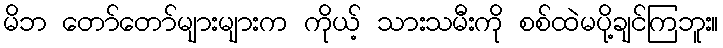
မိဘ တော်တော်များများက ကိုယ့် သားသမီးကို စစ်ထဲမပို့ချင်ကြဘူး။